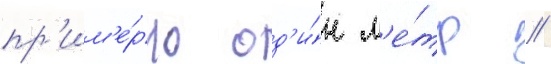
пр'им'е́рно од'и́н м'е́тр //